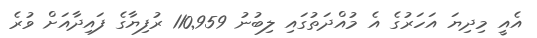
އެއީ މިދިޔަ އަހަރުގެ އެ މުއްދަތުގައި ލިބުނު 110